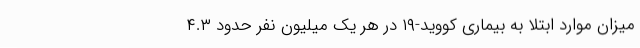
میزان موارد ابتلا به بیماری کووید-۱۹ در هر یک میلیون نفر حدود ۴.۳